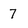
Character: 7